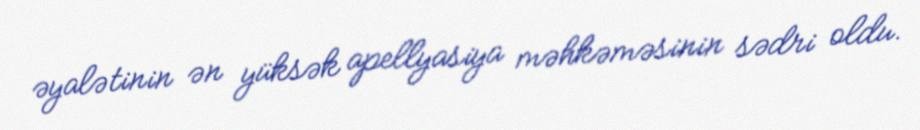
əyalətinin ən yüksək apellyasiya məhkəməsinin sədri oldu.